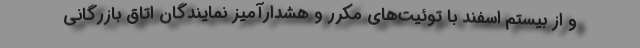
و از بیستم اسفند با توئیت‌های مکرر و هشدارآمیز نمایندگان اتاق بازرگانی